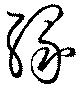
縁